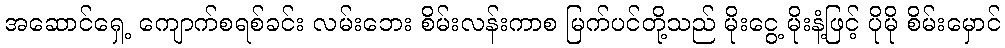
အဆောင်ရှေ့ ကျောက်စရစ်ခင်း လမ်းဘေး စိမ်းလန်းကာစ မြက်ပင်တို့သည် မိုးငွေ့ မိုးနံ့ဖြင့် ပိုမို စိမ်းမှောင်